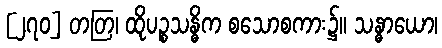
[၂၇၀] တတြ၊ ထိုပဉ္စသန္ဓိက စသောစကား၌။ သန္ဓာယော၊